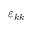
\varepsilon _ { k k }